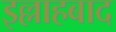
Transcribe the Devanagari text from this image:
इल्लाहबाद